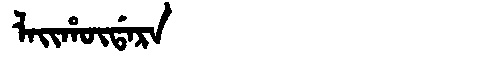
Manchu: ᠯᠠᡳᡥᡡᡩᠠᡵᠠ
Romanization: LAIHŪDARA